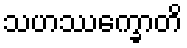
သဟဿက္ခောတိ